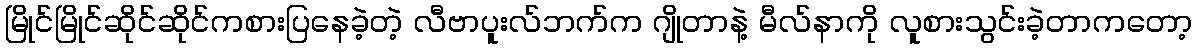
မြိုင်မြိုင်ဆိုင်ဆိုင်ကစားပြနေခဲ့တဲ့ လီဗာပူးလ်ဘက်က ဂျိုတာနဲ့ မီလ်နာကို လူစားသွင်းခဲ့တာကတော့